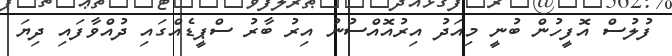
ފުލުސް އޮފީހުން ބުނީ މިއަދު އިރުއޮއްސުނު އިރު ބާރު ސްޕީޑެއްގައި ދުއްވާފައި ދިޔަ